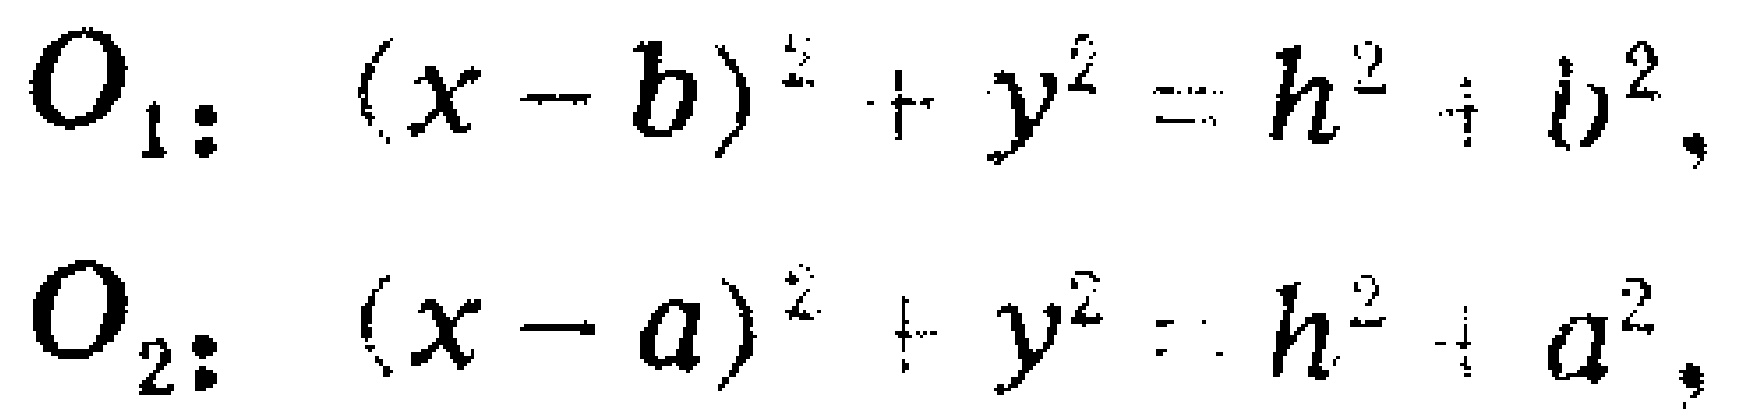
\[
O_1: (x - b)^2 + y^2 = h^2 + b^2,
\]
\[
O_2: (x - a)^2 + y^2 = h^2 + a^2,
\]